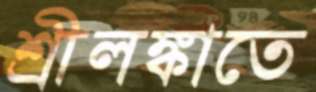
শ্রীলঙ্কাতে